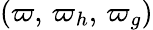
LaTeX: (\varpi,\, \varpi_{h},\, \varpi_{g})